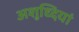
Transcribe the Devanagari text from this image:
अशुध्दियां